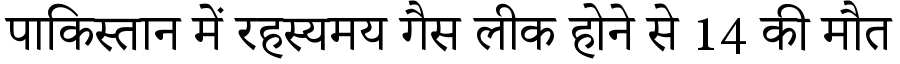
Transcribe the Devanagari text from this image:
पाकिस्तान में रहस्यमय गैस लीक होने से 14 की मौत